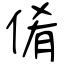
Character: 倄